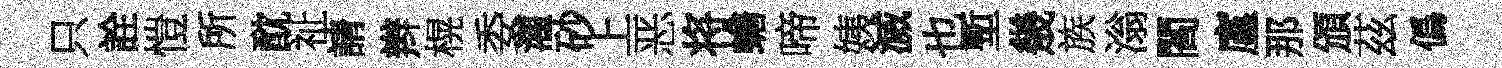
只詮愷所酖祉請辫榥委灌砂上恶将蟾啼姨滅也塹㡬族滃閻廑那頒茲僞